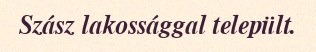
Szász lakossággal települt.